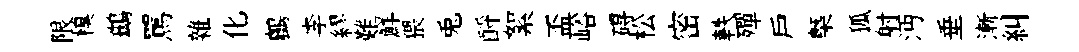
限糗鷀罵雜化鸕李繆難鮮猥兎酹絮盃峪碍松密軼殫戶槩狐射沔垂漸糾